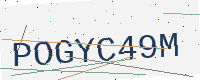
Text: POGYC49M